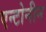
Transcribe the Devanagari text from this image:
एन्टोनीन